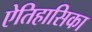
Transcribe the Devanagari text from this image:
ऐतिहासिका